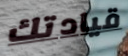
قيادتك